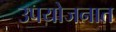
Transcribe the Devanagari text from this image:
उपयोजनात